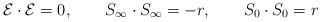
LaTeX: \begin{align*}{\cal{E}} \cdot {\cal{E}} =0, \qquad S_{\infty}\cdot S_{\infty}=-r, \qquad S_{0}\cdot S_{0}= r \end{align*}